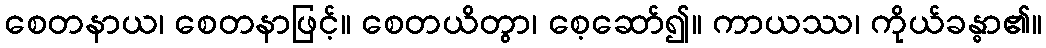
စေတနာယ၊ စေတနာဖြင့်။ စေတယိတွာ၊ စေ့ဆော်၍။ ကာယဿ၊ ကိုယ်ခန္ဓာ၏။